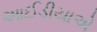
આઈડીયાએ